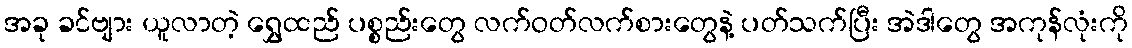
အခု ခင်ဗျား ယူလာတဲ့ ရွှေထည် ပစ္စည်းတွေ လက်ဝတ်လက်စားတွေနဲ့ ပတ်သက်ပြီး အဲဒါတွေ အကုန်လုံးကို